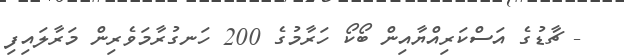
- ޗާޑުގެ އަސްކަރިއްޔާއިން ބޯކޯ ހަރާމުގެ 200 ހަނގުރާމަވެރިން މަރާލައިފި